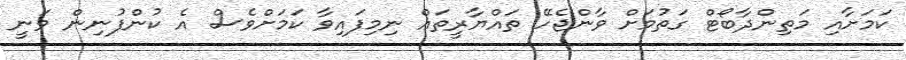
ކަމަށާއި މަތިންދާބޯޓް ގަތުމަށް ވާންޖެހޭ ތައްޔާރީތައް ނިމިފައިވާ ކަމަށްވެސް އެ ކުންފުނިން ވަނީ